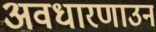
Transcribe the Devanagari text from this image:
अवधारणाउन